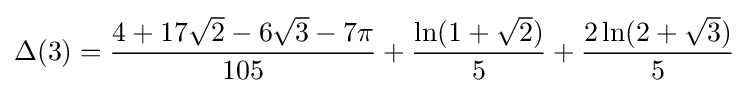
\Delta (3)={\frac {4+17{\sqrt {2}}-6{\sqrt {3}}-7\pi }{105}}+{\frac {\ln(1+{\sqrt {2}})}{5}}+{\frac {2\ln(2+{\sqrt {3}})}{5}}